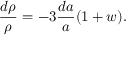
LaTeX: { \frac { d \rho } { \rho } } = - 3 { \frac { d a } { a } } ( 1 + w ) .